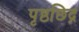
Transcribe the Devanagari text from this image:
पृष्ठछिद्र